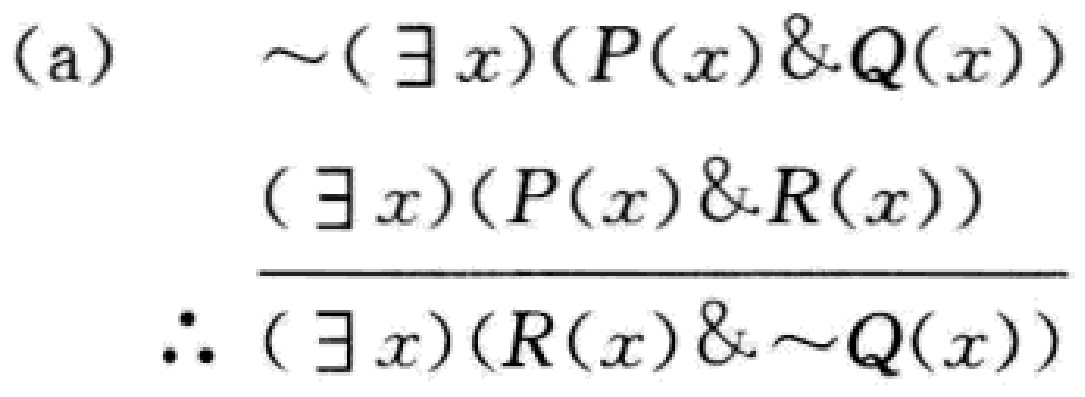
(a) \(\sim(\exists x)(P(x)\&Q(x))\)

\((\exists x)(P(x)\&R(x))\)

\(\therefore (\exists x)(R(x)\&\sim Q(x))\)